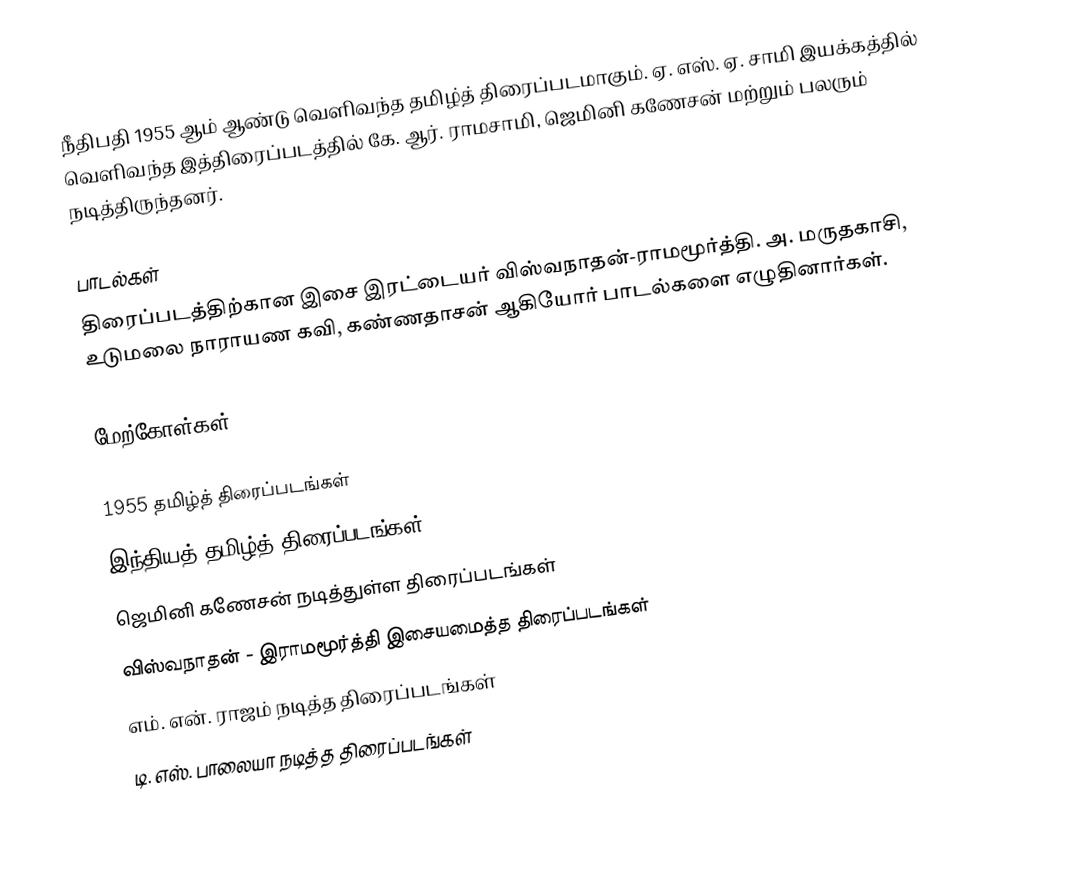
நீதிபதி 1955 ஆம் ஆண்டு வெளிவந்த தமிழ்த் திரைப்படமாகும். ஏ. எஸ். ஏ. சாமி இயக்கத்தில் வெளிவந்த இத்திரைப்படத்தில் கே. ஆர். ராமசாமி, ஜெமினி கணேசன் மற்றும் பலரும் நடித்திருந்தனர்.

பாடல்கள்
திரைப்படத்திற்கான இசை இரட்டையர் விஸ்வநாதன்-ராமமூர்த்தி. அ. மருதகாசி, உடுமலை நாராயண கவி, கண்ணதாசன் ஆகியோர் பாடல்களை எழுதினார்கள்.

மேற்கோள்கள்

1955 தமிழ்த் திரைப்படங்கள்
இந்தியத் தமிழ்த் திரைப்படங்கள்
ஜெமினி கணேசன் நடித்துள்ள திரைப்படங்கள்
விஸ்வநாதன் - இராமமூர்த்தி இசையமைத்த திரைப்படங்கள்
எம். என். ராஜம் நடித்த திரைப்படங்கள்
டி. எஸ். பாலையா நடித்த திரைப்படங்கள்